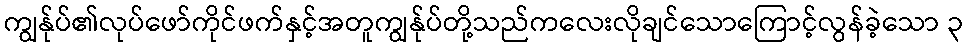
ကျွန်ုပ်၏လုပ်ဖော်ကိုင်ဖက်နှင့်အတူကျွန်ုပ်တို့သည်ကလေးလိုချင်သောကြောင့်လွန်ခဲ့သော ၃